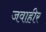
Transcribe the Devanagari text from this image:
जवाहीर